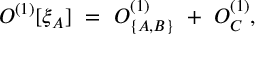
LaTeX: O ^ { ( 1 ) } [ \xi _ { A } ] \ = \ O _ { \{ A , B \} } ^ { ( 1 ) } \ + \ O _ { C } ^ { ( 1 ) } ,